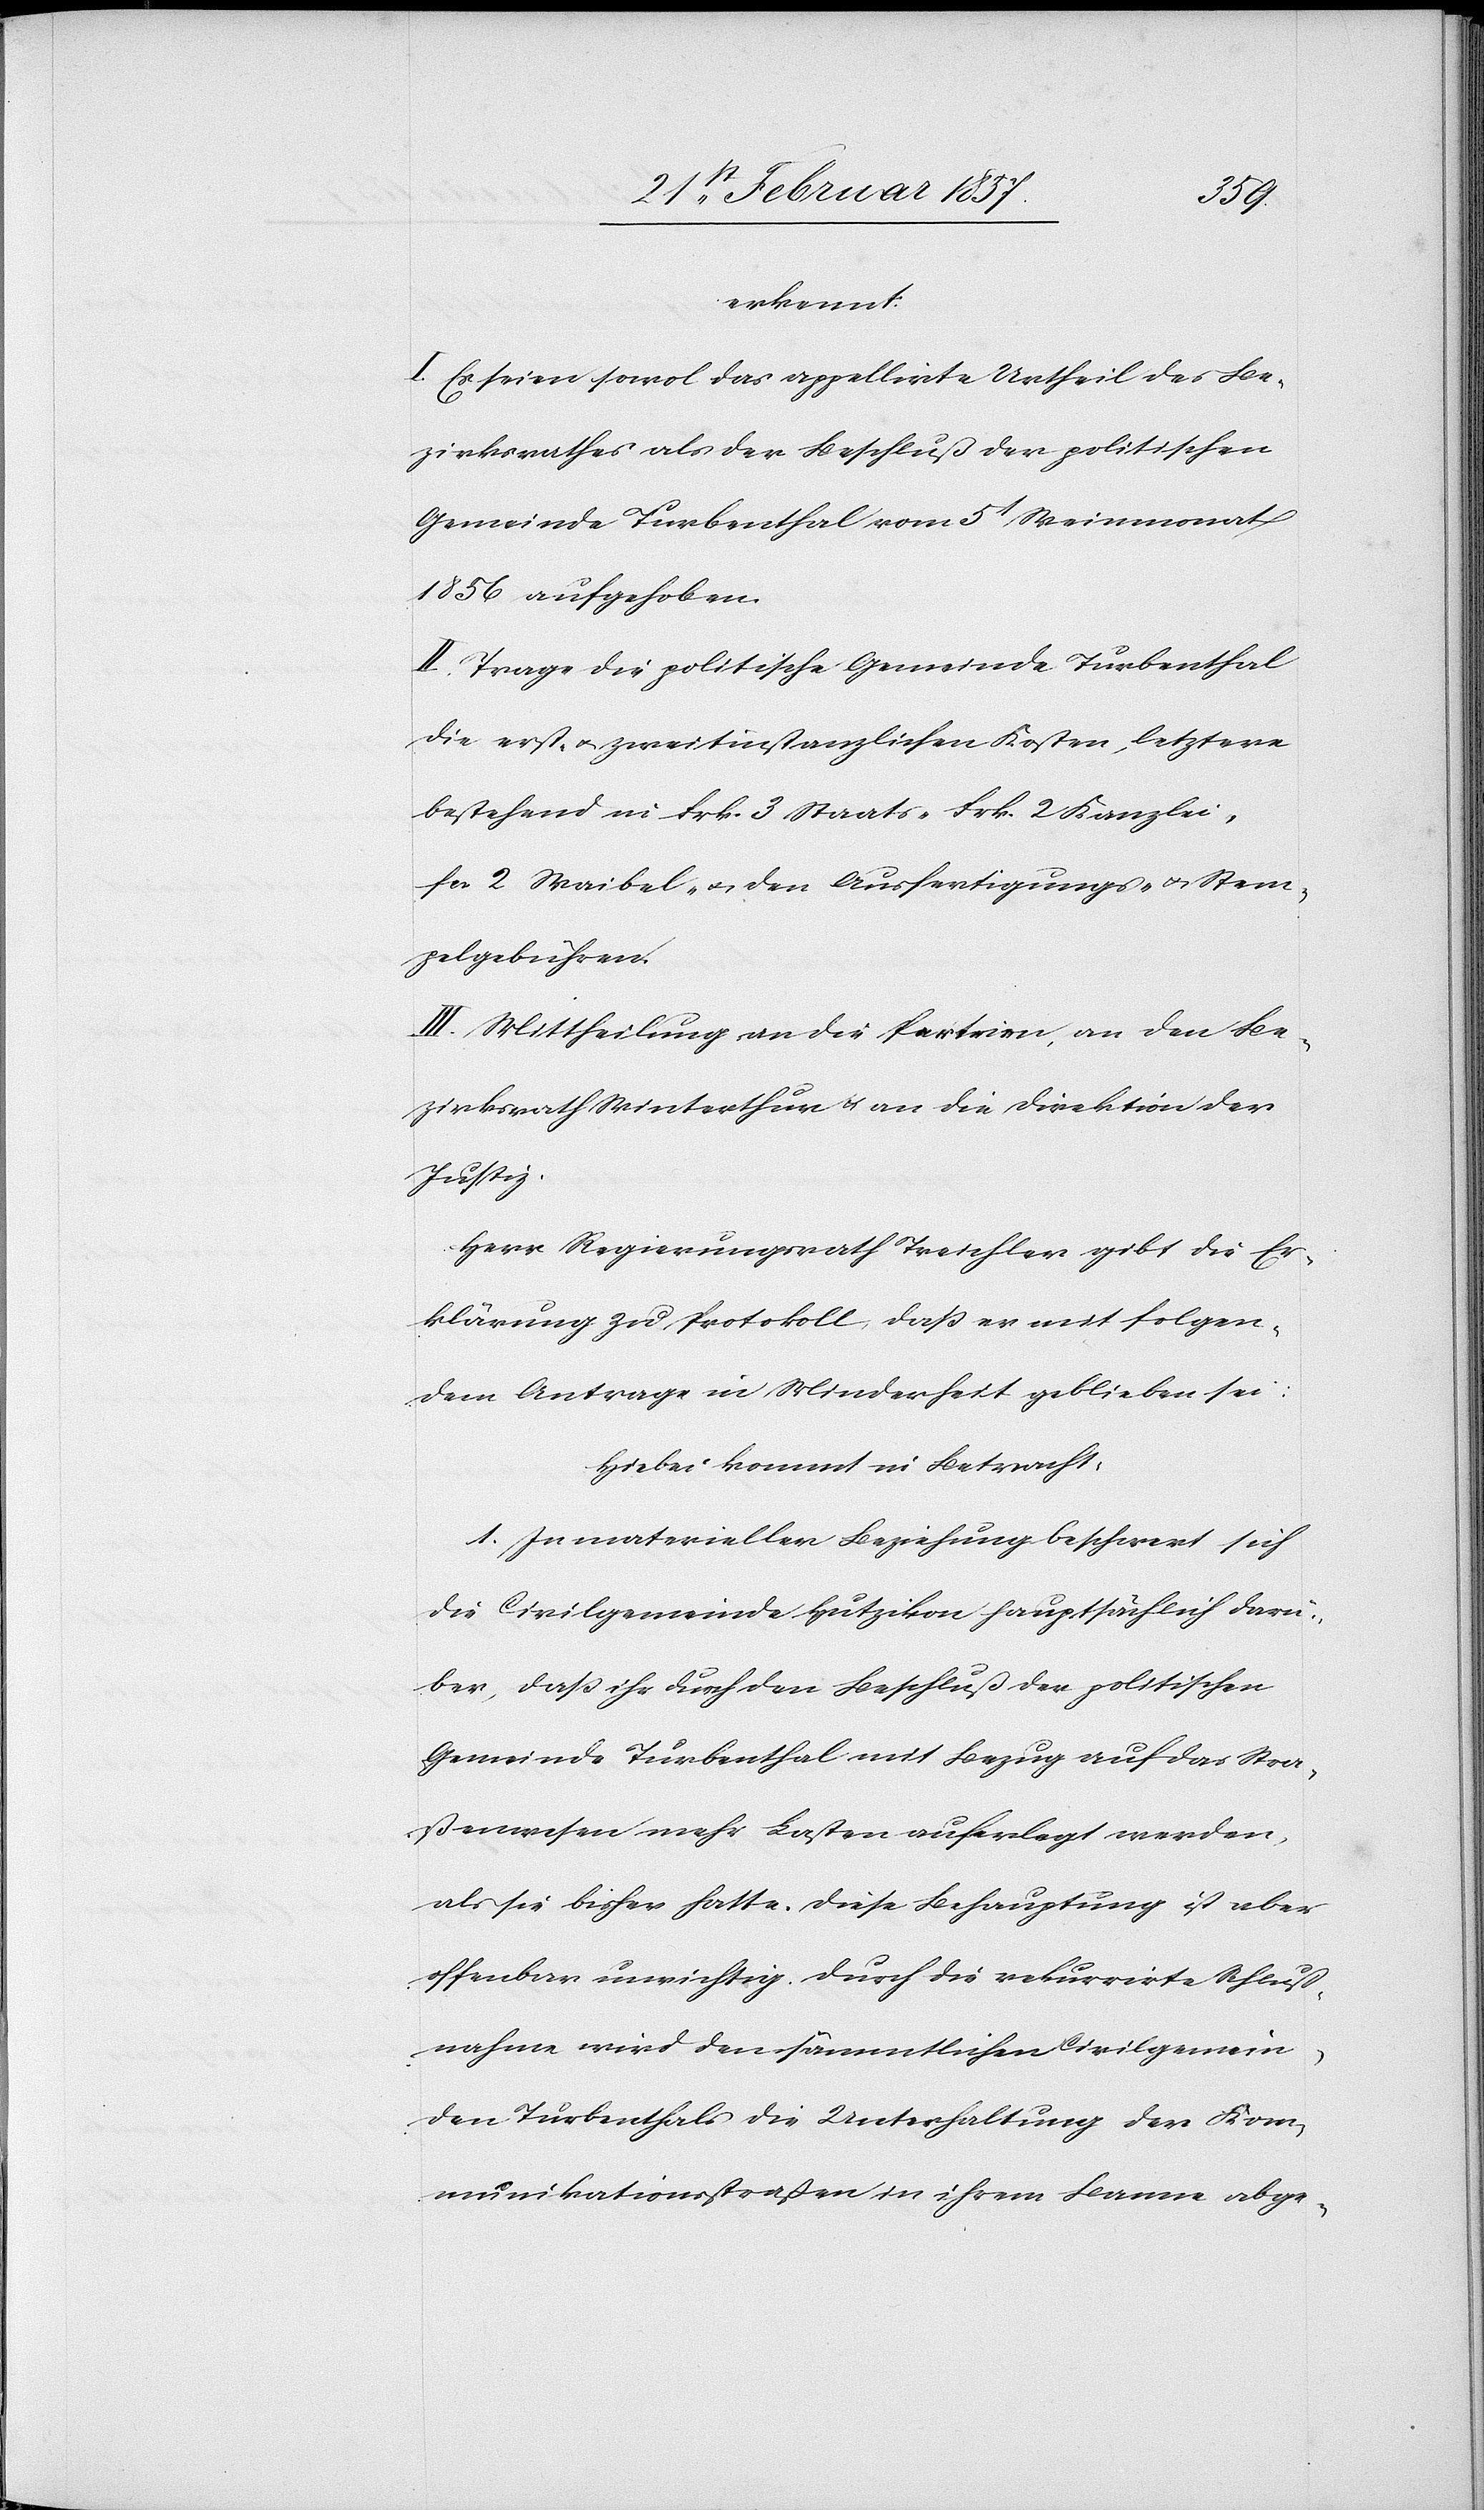
erkennt:
I. Es seien sowol das appellirte Urtheil des Be¬
zirksrathes als der Beschluß der politischen
Gemeinde Turbenthal vom 5t Weinmonat
1856 aufgehoben.
II. Trage die politische Gemeinde Turbenthal
die erst- u. zweitinstanzlichen Kosten, letztere
bestehend in Frk. 3 Staats-[,] Frk. 2 Kanzlei-[,]
fr. 2 Waibel- u. den Ausfertigungs- u. Stem¬
pelgebühren.
III. Mittheilung an die Parteien, an den Be¬
zirksrath Winterthur u. an die Direktion der
Justiz.
Herr Regierungsrath Treichler gibt die Er¬
klärung zu Protokoll, daß er mit folgen¬
dem Antrage in Minderheit geblieben sei:
Hiebei kommt in Betracht:
1. In materieller Beziehung beschwert sich
die Civilgemeinde Hutzikon hauptsächlich darü¬
ber, daß ihr durch den Beschluß der politischen
Gemeinde Turbenthal mit Bezug auf das Stra¬
ßenwesen mehr Lasten auferlegt werden,
als sie bisher hatte. Diese Behauptung ist aber
offenbar unrichtig. Durch die rekurrirte Schluß¬
nahme wird den sämmtlichen Civilgemein¬
den Turbenthals die Unterhaltung der Kom¬
munikationsstraßen in ihrem Banne abge-